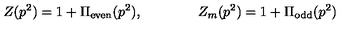
Z ( p ^ { 2 } ) = 1 + \Pi _ { \mathrm { e v e n } } ( p ^ { 2 } ) , \qquad \qquad Z _ { m } ( p ^ { 2 } ) = 1 + \Pi _ { \mathrm { o d d } } ( p ^ { 2 } )